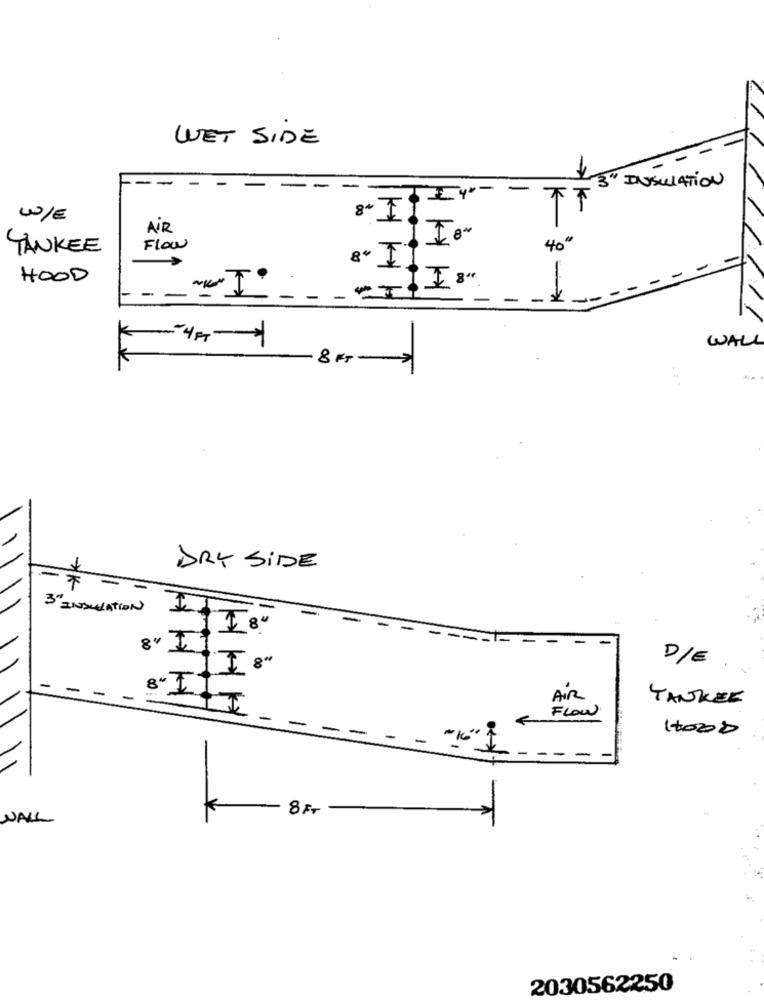
WET SIDE
->
-
3" INSULATION
€
W/E
8º I
K
AIR
TANKEE
Flow
40"
HOOD
- :
WALL
8 Fr 2
DRY SIDE
3" INSULATION
-
-
--
8" II
D/E
AIR
YANKEE
FLOW
-
10008
- --
8 FT
WALL
2030562250